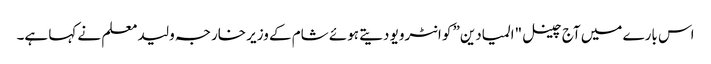
اس بارے میں آج چینل "المیادین” کو انٹرویو دیتے ہوئے شام کے وزیر خارجہ ولید معلم نے کہا ہے۔